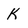
Character: K